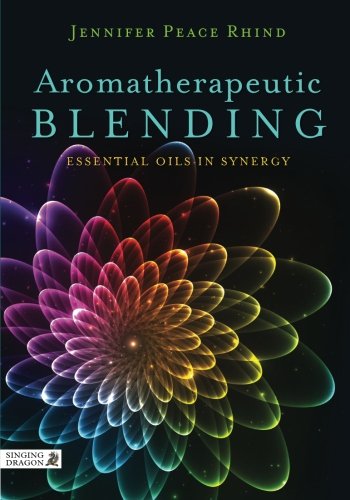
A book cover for Aromatherapeutic Blending: Essential Oils in Synergy; Jennifer Peace Rhind; Health, Fitness & Dieting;